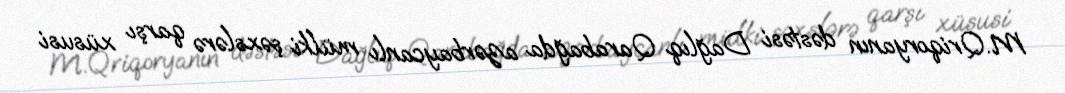
M.Qriqoryanın dəstəsi Dağlıq Qarabağda azərbaycanlı mülki şəxslərə qarşı xüsusi